Report on lock hospitals in British Burma
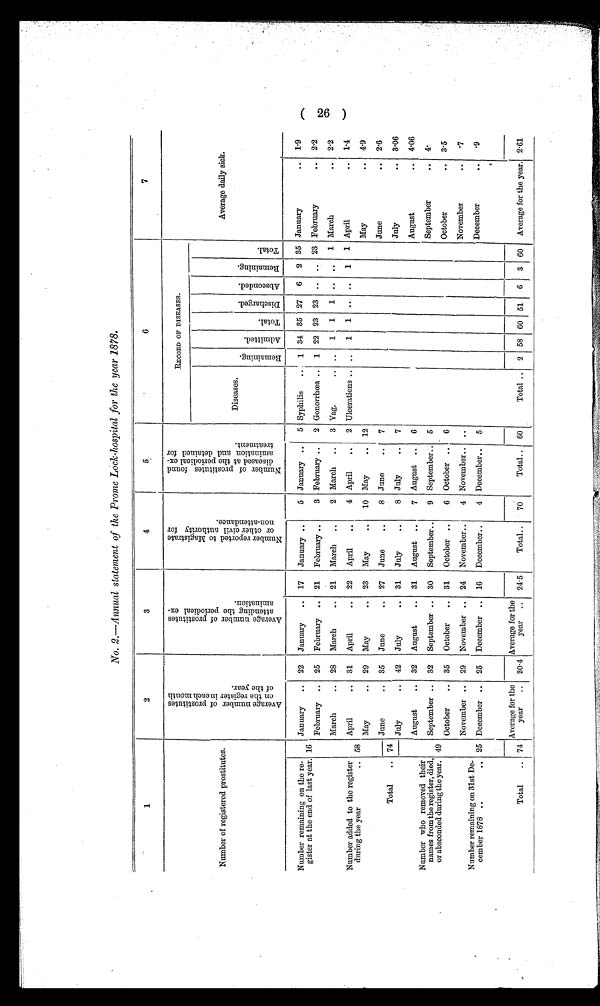
No. 2.—Annual statement of the Prome Lock-hospital for the year 1878.
1
2
3
4
5
6
7
Number of registered prostitutes.
A v e r a g e n u m b e r o f p r o s t i t u t e s o n t h e r e g i s t e r i n e a c h m o n t h o f t h e y e a r .
A v e r a g e n u m b e r o f p r o s t i t u t e s a t t e n d i n g t h e p e r i o d i c a l e x - a m n a t i o n .
N u m b e r o f r e p o r t e d t o M a g i s t r a t e o r o t h e r c i v i l a u t h o r i t y f o r n o n - a t t e n d a n c e .
N u m b e r o f p r o s t i t u t e s f o u n d d i s e a s e d a t t h e p e r i o d i c a l e x - a m i n a t i o n a n d d e t a i n e d f o r t r e a t m e n t .
RECORD OF DISEASES.
Average daily sick.
Diseases.
Re ma i n i n g
Admi t t ed.
Tot al .
Di s char ged. Ab s c o n d e d . Remai ni ng.
T o t a l .
Number remaining on the re-
gister at the end of last year. 16
January
.. 22 January
.. 17 January ..
5 January .. 5 Syphilis
... 1 34 35 27 6 2 35 January
.. 1.9
February .. 25 February .. 21 February ..
3 February ..
2 Gonorrhœa .. 1 22 23 23 ..
23 February
.. 2.2
Number added to the register
during the year
.. 58
March
.. 28 March
.. 21 March ..
2 March ..
3 Vag.
..
. .
1
1
1 ..
..
1 March
.. 2.2
April
.. 31 April
.. 22 April
..
4 April
..
2 Ulcerations .. ..
1
1
..
..
1
1 April
.. 1.4
May
..
29 May
.. 23 May
..
10 May
.. 12
May
.. 4.9
Total
..
Number who removed their
names from the register, died,
or absconded during the year.
74
June
.. 35 June
.. 27 June..
8 June
..
7
June
.. 2.6
July
.. 3.06
July
.. 42 July
.. 31 July
..
8 July
.. 7
August
.. 32 August
.. 31 August
7 August .. 6
August
.. 4.06
September
.. 4
49
September .. 32 September .. 30 September..
9 September.. 5
October
.. 35 October
.. 31 October ..
6 October .. 6
October
.. 3.5
Number remaining on 31st De-
cember 1878 ..
.. 25
November .. 29 November .. 24 November..
4 November.. ..
November
..
. .
December
..
.9
December .. 25 December .. 16 December..
4 December..
5
Total
.. 74
Average for the
year
.. 30 .4
Average for the
year .. 24. 5
Total..
70
Total.. 60
Total .. 2 58 60 51 6 3 60 Average for the year. 2.61
(26)